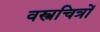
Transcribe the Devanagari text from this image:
वस्त्रचित्रों